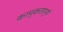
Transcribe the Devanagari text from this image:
कामुकतापूर्ण